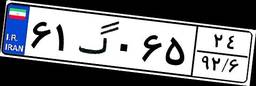
۶۱گ۰۶۵۲۴